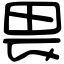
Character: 畏